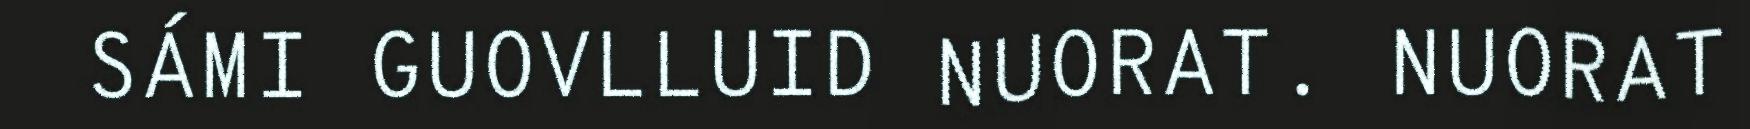
SÁMI GUOVLLUID NUORAT. NUORAT